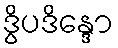
ဒွိပဒိန္ဒော